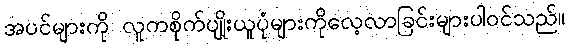
အပင်များကို လူကစိုက်ပျိုးယူပုံများကိုလေ့လာခြင်းများပါဝင်သည်။